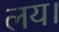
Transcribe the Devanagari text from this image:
लय।